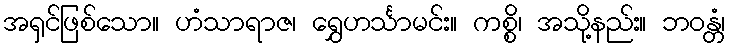
အရှင်ဖြစ်သော။ ဟံသာရာဇ၊ ရွှေဟင်္သာမင်း။ ကစ္စိ၊ အသို့နည်း။ ဘဝန္တံ၊